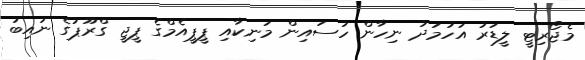
މެޖޯރިޓީ ލީޑަރު އަހުމަދު ނިހާން ހުސައިން މަނިކާއި ޕީޕީއެމްގެ ޕީޖީ ގްރޫޕުގެ ނައިބު